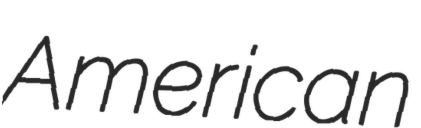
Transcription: American